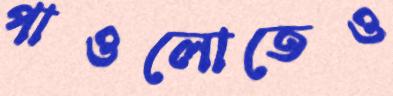
পাওলোতেও